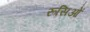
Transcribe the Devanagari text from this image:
रूसिओं